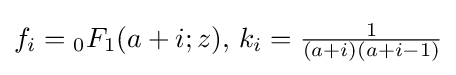
f_{i}={}_{0}F_{1}(a+i;z),\,k_{i}={\tfrac {1}{(a+i)(a+i-1)}}